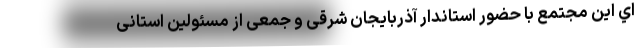
اي اين مجتمع با حضور استاندار آذربایجان شرقی و جمعی از مسئولین استانی